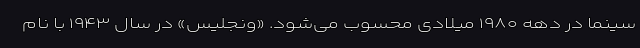
سینما در دهه ۱۹۸۰ میلادی محسوب می‌شود. «ونجلیس» در سال ۱۹۴۳ با نام